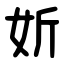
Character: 妡